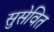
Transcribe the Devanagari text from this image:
सुसेवित